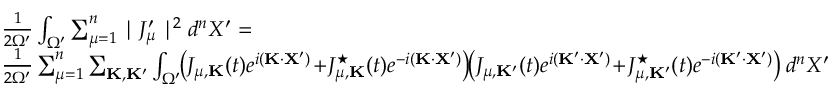
\begin{array} { r l } & { \frac { 1 } { 2 \Omega ^ { \prime } } \int _ { \Omega ^ { \prime } } \sum _ { \mu = 1 } ^ { n } \mid J _ { \mu } ^ { \prime } \mid ^ { 2 } d ^ { n } X ^ { \prime } = } \\ & { \frac { 1 } { 2 \Omega ^ { \prime } } \sum _ { \mu = 1 } ^ { n } \sum _ { { \bf K } , { \bf K } ^ { \prime } } \int _ { \Omega ^ { \prime } } \! \! \left( J _ { \mu , { \bf K } } ( t ) e ^ { i ( { \bf K } \cdot { \bf X } ^ { \prime } ) } \! + \! J _ { \mu , { \bf K } } ^ { \star } ( t ) e ^ { - i ( { \bf K } \cdot { \bf X } ^ { \prime } ) } \right) \! \! \left( J _ { \mu , { \bf K } ^ { \prime } } ( t ) e ^ { i ( { \bf K ^ { \prime } } \cdot { \bf X } ^ { \prime } ) } \! + \! J _ { \mu , { \bf K } ^ { \prime } } ^ { \star } ( t ) e ^ { - i ( { \bf K ^ { \prime } } \cdot { \bf X } ^ { \prime } ) } \right) d ^ { n } X ^ { \prime } } \end{array}